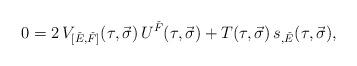
LaTeX: \begin{align*}0 = 2\, V_{[\check{E},\check{F}]}(\tau,\vec{\sigma})\,U^{\check{F}}(\tau,\vec{\sigma}) + T(\tau,\vec{\sigma})\,s_{,\check{E}}(\tau,\vec{\sigma}), \end{align*}